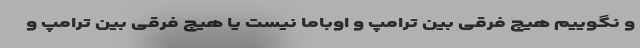
و نگوییم هیچ فرقی بین ترامپ و اوباما نیست یا هیچ فرقی بین ترامپ و